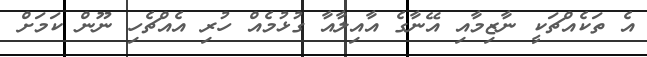
އެ ތަކެއްޗަކީ ނާޒިމާއި އޭނާގެ އާއިލާއާ ގުޅުމެއް ހުރި އެއްޗެހި ނޫން ކަމަށް